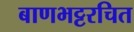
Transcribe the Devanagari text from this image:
बाणभट्टरचित